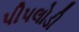
પીપલોડી